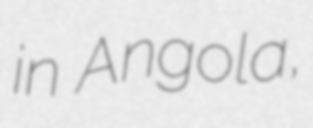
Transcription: in Angola,